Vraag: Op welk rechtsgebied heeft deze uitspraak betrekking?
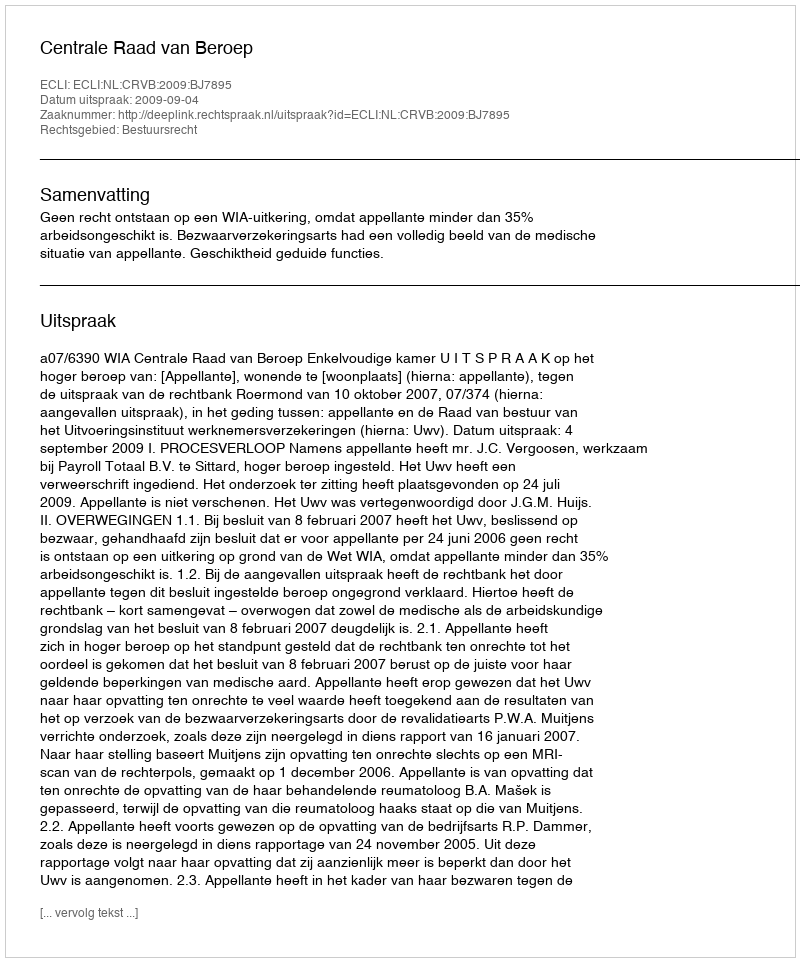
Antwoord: Bestuursrecht